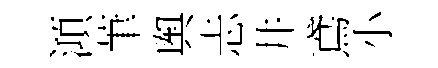
澒茟舆忐井鳶小